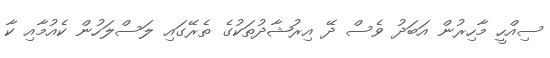
ސިއްހީ މާހިރުން އަބަދު ވެސް ދޭ އިރުޝާދުތަކުގެ ތެރޭގައި ލަސްލަހުން ކެއުމާއި ކާ